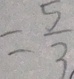
= \frac { 5 } { 3 }